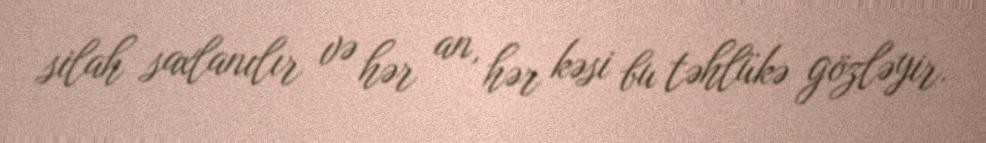
silah saxlanılır və hər an, hər kəsi bu təhlükə gözləyir.